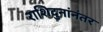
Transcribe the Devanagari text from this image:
राशिदुनांनंतर